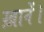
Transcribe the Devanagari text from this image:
ख़ानें।